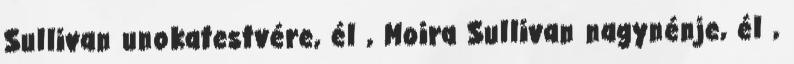
Sullivan unokatestvére, él , Moira Sullivan nagynénje, él ,